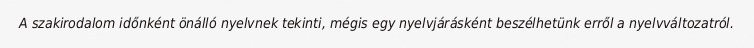
A szakirodalom időnként önálló nyelvnek tekinti, mégis egy nyelvjárásként beszélhetünk erről a nyelvváltozatról.